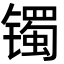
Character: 镯